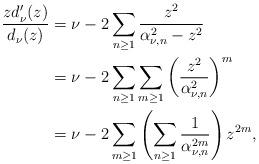
LaTeX: \begin{align*}\frac{zd_{\nu}'(z)}{d_{\nu}(z)}&=\nu-2\sum_{n\geq 1}\frac{z^2}{\alpha_{\nu,n}^2-z^2}\\&=\nu-2\sum_{n\geq 1}\sum_{m\geq1}\left(\frac{z^2}{\alpha_{\nu,n}^2}\right)^m\\&=\nu-2\sum_{m\geq 1}\left(\sum_{n\geq1}\frac{1}{\alpha_{\nu,n}^{2m}}\right)z^{2m},\end{align*}